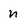
Character: n